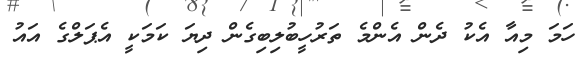
ހަމަ މިއާ އެކު ދެން އެންމެ ތަރުހީބުލިބިގެން ދިޔަ ކަމަކީ އެޕަލްގެ އައު